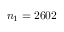
n _ { 1 } = 2 6 0 2